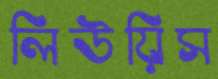
লিউয়িস